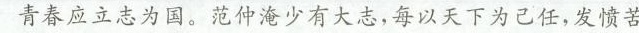
青春应立志为国。范仲淹少有大志，每以天下为己任，发愤苦